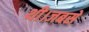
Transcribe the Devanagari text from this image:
थी।जबसे